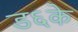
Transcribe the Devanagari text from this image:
ड६के